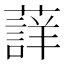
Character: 𮑳